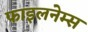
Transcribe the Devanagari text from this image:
फाइलनेम्स